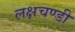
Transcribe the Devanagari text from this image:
लक्षचण्डी